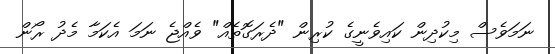
ނަމަވެސް މިކުދިން ކައިވެނީގެ ކުރިން "ދެރަގޮތެއް" ވެއްޖެ ނަމަ އެކަމާ މެދު ރޯން